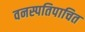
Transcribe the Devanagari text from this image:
वनस्पतिपाचित